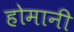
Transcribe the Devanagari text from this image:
होमानी